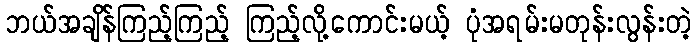
ဘယ်အချိန်ကြည့်ကြည့် ကြည့်လို့ကောင်းမယ့် ပုံအရမ်းမတုန်းလွန်းတဲ့